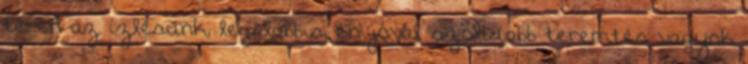
téren az ízlésünk, legalábbis, én jóval szolidabb teremtés vagyok